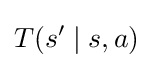
T(s'\mid s,a)